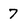
Character: 7